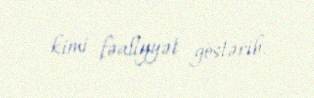
kimi fəaliyyət göstərib.